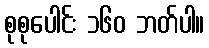
စုစုပေါင်း ၁၆၀ ဘတ်ပါ။